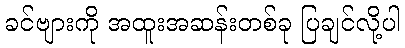
ခင်ဗျားကို အထူးအဆန်းတစ်ခု ပြချင်လို့ပါ